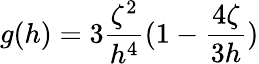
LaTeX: g(h)=3\frac{\zeta^{2}}{h^{4}}(1-\frac{4\zeta}{3h})